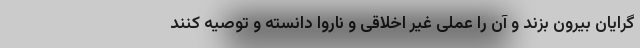
گرایان بیرون بزند و آن را عملی غیر اخلاقی و ناروا دانسته و توصیه کنند